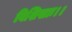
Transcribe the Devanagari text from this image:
विशिखाः।।